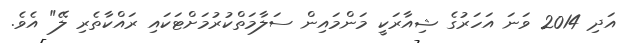
އަދި 2014 ވަނަ އަހަރުގެ ޝިއާރަކީ މަންމައިން ސަލާމަތްކުރުމަށްޓަކައި ރައްކާތެރި ލޭ" އެވެ.